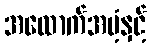
အထောက်အပံ့နှင့်